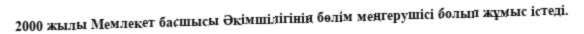
2000 жылы Мемлекет басшысы Әкімшілігінің бөлім меңгерушісі болып жұмыс істеді.